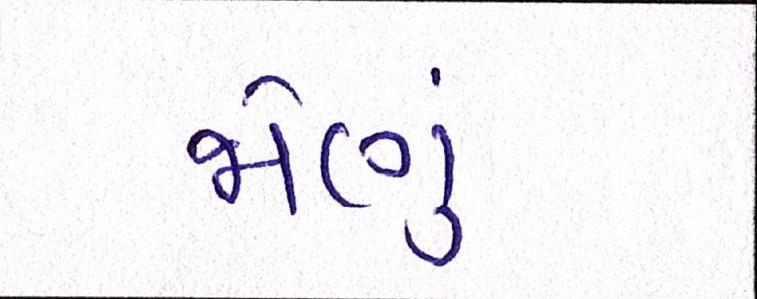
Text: જોણું